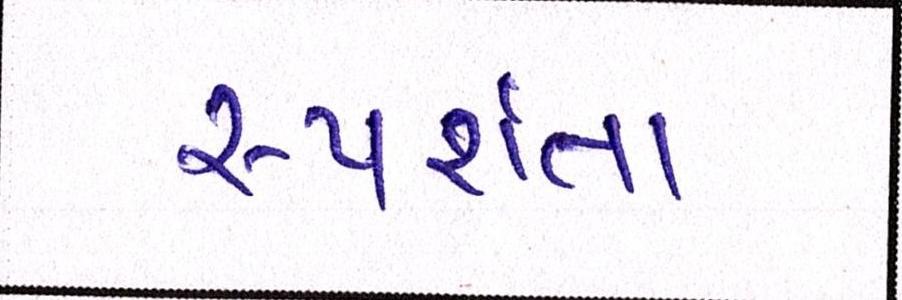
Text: સ્પર્શતા